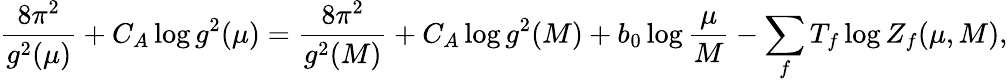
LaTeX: \frac{8\pi^{2}}{g^{2}(\mu)}+C_{A}\log g^{2}(\mu)=\frac{8\pi^{2}}{g^{2}(M)}+C_{A}\log g^{2}(M)+b_{0}\log\frac{\mu}{M}-\sum_{f}T_{f}\log Z_{f}(\mu,M),